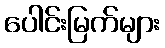
ပေါင်းမြက်များ